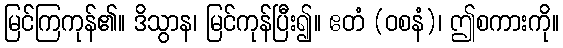
မြင်ကြကုန်၏။ ဒိသွာန၊ မြင်ကုန်ပြီး၍။ ဧတံ (ဝစနံ)၊ ဤစကားကို။